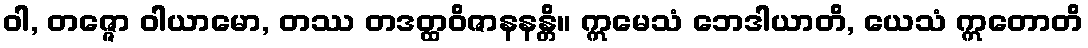
ဝါ, တဇ္ဇော ဝါယာမော, တဿ တဒတ္ထဝိဇာနနန္တိ။ ဣမေသံ ဘေဒါယာတိ, ယေသံ ဣတောတိ